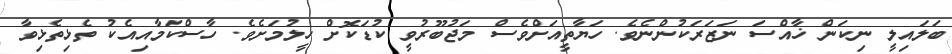
ބަލައިލީ ނިކަން ޚާއްސަ ނަޒަރަކުންނެވެ. ހަޔާތީއަށްވެސް މަޖުބޫރުވީ ކުޑަކޮށް ހީލުމަށެވެ. ހާސްކަމާއިއެކު ތެޅިތެޅިވާ